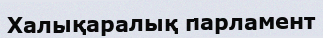
Халықаралық парламент